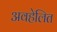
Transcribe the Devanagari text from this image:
अवहेलित